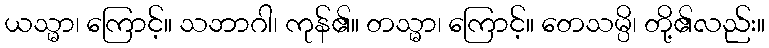
ယသ္မာ၊ ကြောင့်။ သဘာဂါ၊ ကုန်၏။ တသ္မာ၊ ကြောင့်။ တေသမ္ပိ၊ တို့၏လည်း။